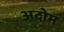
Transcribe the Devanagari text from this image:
अदोम